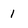
Character: 1